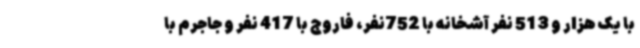
با یک هزار و 513 نفر آشخانه با 752نفر، فاروج با 417 نفر و جاجرم با